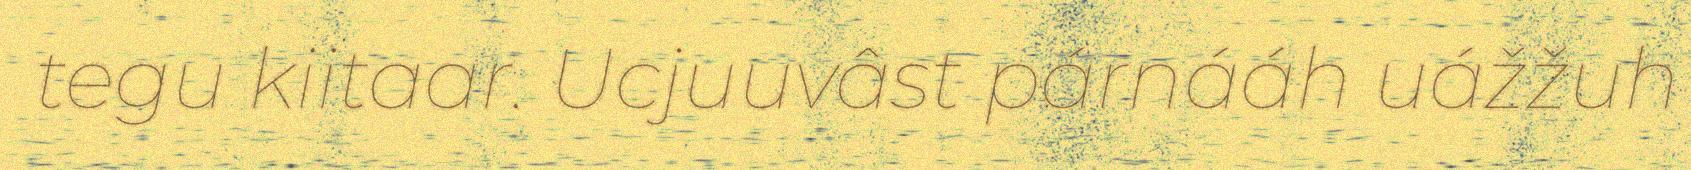
tegu kiitaar. Ucjuuvâst párnááh uážžuh